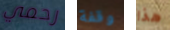
رحمي وقفة هذا